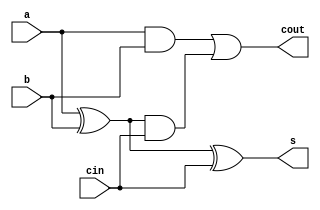
module fulladder(input  a, b, cin, 
                 output s, cout);

  wire p, g;

  assign p = a ^ b;
  assign g = a & b;
  
  assign s = p ^ cin;
  assign cout = g | (p & cin);
endmodule